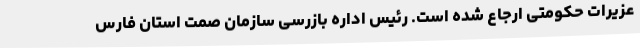
عزیرات حکومتی ارجاع شده است. رئیس اداره بازرسی سازمان صمت استان فارس